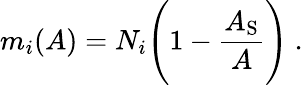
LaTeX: m_{i}(A)=N_{i}\Biggl(1-\frac{A_{\mathrm{S}}}{A}\Biggr)~.